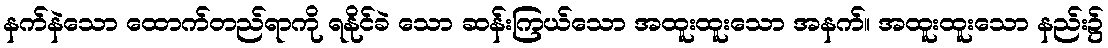
နက်နဲသော ထောက်တည်ရာကို ရနိုင်ခဲ သော ဆန်းကြယ်သော အထူးထူးသော အနက်။ အထူးထူးသော နည်း၌